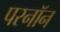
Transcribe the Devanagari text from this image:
परनॉन